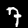
Digit: 7